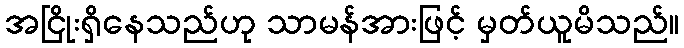
အငြိုးရှိနေသည်ဟု သာမန်အားဖြင့် မှတ်ယူမိသည်။